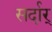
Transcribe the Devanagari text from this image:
सर्दार्